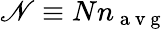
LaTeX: \mathscr{N}\equiv Nn_{\mathrm{~a~v~g~}}